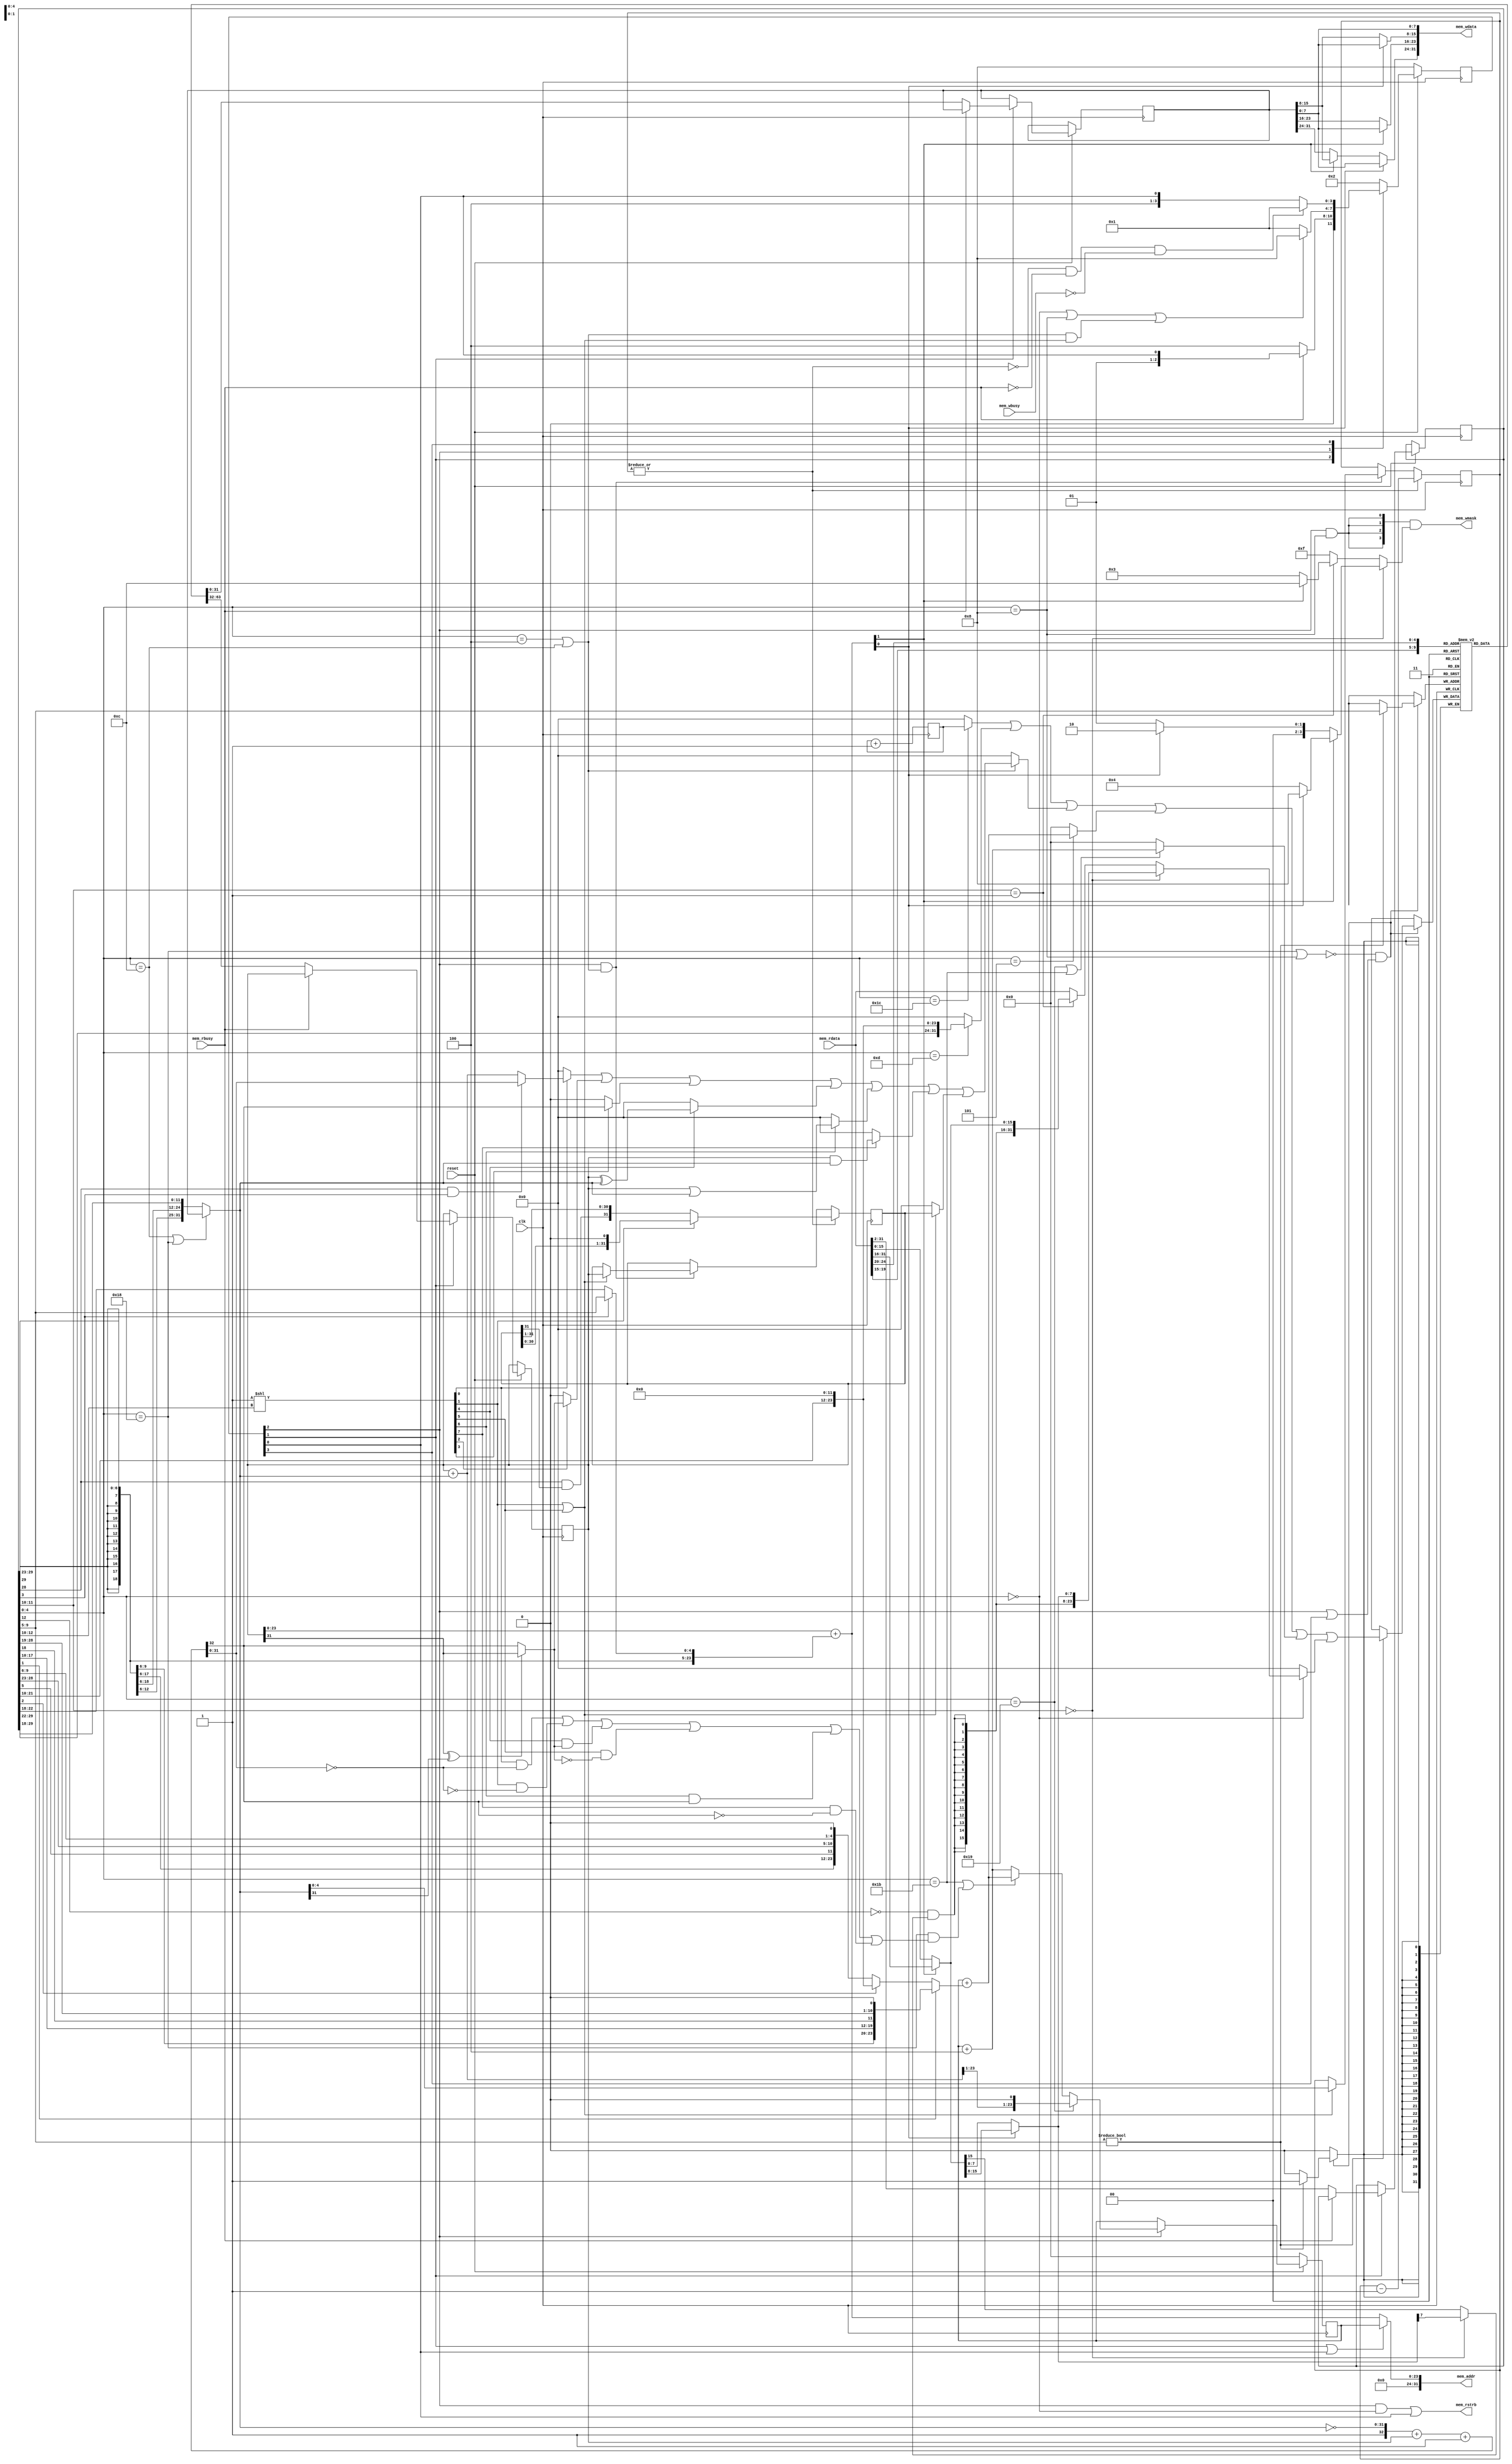
module vf1cffe_v172245 (
 input clk,
 input reset,
 input [31:0] mem_rdata,
 input mem_rbusy,
 input mem_wbusy,
 output [31:0] mem_addr,
 output [31:0] mem_wdata,
 output [3:0] mem_wmask,
 output mem_rstrb
);
    localparam RESET_ADDR = 0;
    parameter ADDR_WIDTH       = 24;
    localparam ADDR_PAD = {(32-ADDR_WIDTH){1'b0}}; // 32-bits padding for addrs
  // Instruction decoding.
  // Extracts rd,rs1,rs2,funct3,imm and opcode from instruction.
  // Reference: Table page 104 of:
  // https://content.riscv.org/wp-content/uploads/2017/05/riscv-spec-v2.2.pdf
  // The destination register
  wire [4:0] rdId = instr[11:7];
  // The ALU function, decoded in 1-hot form (doing so reduces LUT count)
  // It is used as follows: funct3Is[val] <=> funct3 == val
  (* onehot *)
  wire [7:0] funct3Is = 8'b00000001 << instr[14:12];
  // The five immediate formats, see RiscV reference (link above), Fig. 2.4 p. 12
  wire [31:0] Uimm = {    instr[31],   instr[30:12], {12{1'b0}}};
  wire [31:0] Iimm = {{21{instr[31]}}, instr[30:20]};
  /* verilator lint_off UNUSED */ // MSBs of SBJimms are not used by addr adder.
  wire [31:0] Simm = {{21{instr[31]}}, instr[30:25],instr[11:7]};
  wire [31:0] Bimm = {{20{instr[31]}}, instr[7],instr[30:25],instr[11:8],1'b0};
  wire [31:0] Jimm = {{12{instr[31]}}, instr[19:12],instr[20],instr[30:21],1'b0};
  /* verilator lint_on UNUSED */
    // Base RISC-V (RV32I) has only 10 different instructions !
    wire isLoad    =  (instr[6:2] == 5'b00000); // rd <- mem[rs1+Iimm]
    wire isALUimm  =  (instr[6:2] == 5'b00100); // rd <- rs1 OP Iimm
    wire isAUIPC   =  (instr[6:2] == 5'b00101); // rd <- PC + Uimm
    wire isStore   =  (instr[6:2] == 5'b01000); // mem[rs1+Simm] <- rs2
    wire isALUreg  =  (instr[6:2] == 5'b01100); // rd <- rs1 OP rs2
    wire isLUI     =  (instr[6:2] == 5'b01101); // rd <- Uimm
    wire isBranch  =  (instr[6:2] == 5'b11000); // if(rs1 OP rs2) PC<-PC+Bimm
    wire isJALR    =  (instr[6:2] == 5'b11001); // rd <- PC+4; PC<-rs1+Iimm
    wire isJAL     =  (instr[6:2] == 5'b11011); // rd <- PC+4; PC<-PC+Jimm
    wire isSYSTEM  =  (instr[6:2] == 5'b11100); // rd <- cycles
    wire isALU = isALUimm | isALUreg;
    // The register file.
    reg [31:0] rs1;
    reg [31:0] rs2;
    reg [31:0] registerFile [31:0];
    always @(posedge clk) begin
      if (writeBack)
        if (rdId != 0)
          registerFile[rdId] <= writeBackData;
    end
    // The ALU. Does operations and tests combinatorially, except shifts.
    // First ALU source, always rs1
    wire [31:0] aluIn1 = rs1;
    // Second ALU source, depends on opcode:
    //    ALUreg, Branch:     rs2
    //    ALUimm, Load, JALR: Iimm
    wire [31:0] aluIn2 = isALUreg | isBranch ? rs2 : Iimm;
    reg  [31:0] aluReg;       // The internal register of the ALU, used by shift.
    reg  [4:0]  aluShamt;     // Current shift amount.
    wire aluBusy = |aluShamt; // ALU is busy if shift amount is non-zero.
    wire aluWr;               // ALU write strobe, starts shifting.
    // The adder is used by both arithmetic instructions and JALR.
    wire [31:0] aluPlus = aluIn1 + aluIn2;
    // Use a single 33 bits subtract to do subtraction and all comparisons
    // (trick borrowed from swapforth/J1)
    wire [32:0] aluMinus = {1'b1, ~aluIn2} + {1'b0,aluIn1} + 33'b1;
    wire        LT  = (aluIn1[31] ^ aluIn2[31]) ? aluIn1[31] : aluMinus[32];
    wire        LTU = aluMinus[32];
    wire        EQ  = (aluMinus[31:0] == 0);
    // Notes:
    //    (1 for ADD/SUB, 0 for ADDI, and Iimm used by ADDI overlaps bit 30 !)
    wire [31:0] aluOut =
      (funct3Is[0]  ? instr[30] & instr[5] ? aluMinus[31:0] : aluPlus : 32'b0) |
      (funct3Is[2]  ? {31'b0, LT}                                     : 32'b0) |
      (funct3Is[3]  ? {31'b0, LTU}                                    : 32'b0) |
      (funct3Is[4]  ? aluIn1 ^ aluIn2                                 : 32'b0) |
      (funct3Is[6]  ? aluIn1 | aluIn2                                 : 32'b0) |
      (funct3Is[7]  ? aluIn1 & aluIn2                                 : 32'b0) |
      (funct3IsShift ? aluReg                                         : 32'b0) ;
    wire funct3IsShift = funct3Is[1] | funct3Is[5];
    always @(posedge clk) begin
       if(aluWr) begin
          if (funct3IsShift) begin  // SLL, SRA, SRL
 	    aluReg <= aluIn1;
 	    aluShamt <= aluIn2[4:0];
 	 end
       end
       // Compact form of:
       // funct3=001              -> SLL  (aluReg <= aluReg << 1)
       // funct3=101 &  instr[30] -> SRA  (aluReg <= {aluReg[31], aluReg[31:1]})
       // funct3=101 & !instr[30] -> SRL  (aluReg <= {1'b0,       aluReg[31:1]})
       if (|aluShamt) begin
          aluShamt <= aluShamt - 1;
 	 aluReg <= funct3Is[1] ? aluReg << 1 :              // SLL
 		   {instr[30] & aluReg[31], aluReg[31:1]};  // SRA,SRL
       end
    end
    // The predicate for conditional branches.
    wire predicate =
         funct3Is[0] &  EQ  | // BEQ
         funct3Is[1] & !EQ  | // BNE
         funct3Is[4] &  LT  | // BLT
         funct3Is[5] & !LT  | // BGE
         funct3Is[6] &  LTU | // BLTU
         funct3Is[7] & !LTU ; // BGEU
    // Program counter and branch target computation.
    reg  [ADDR_WIDTH-1:0] PC; // The program counter.
    reg  [31:2] instr;        // Latched instruction. Note that bits 0 and 1 are
                              // ignored (not used in RV32I base instr set).
    wire [ADDR_WIDTH-1:0] PCplus4 = PC + 4;
    // An adder used to compute branch address, JAL address and AUIPC.
    // branch->PC+Bimm    AUIPC->PC+Uimm    JAL->PC+Jimm
    // Equivalent to PCplusImm = PC + (isJAL ? Jimm : isAUIPC ? Uimm : Bimm)
    wire [ADDR_WIDTH-1:0] PCplusImm = PC + ( instr[3] ? Jimm[ADDR_WIDTH-1:0] :
 					    instr[4] ? Uimm[ADDR_WIDTH-1:0] :
 					               Bimm[ADDR_WIDTH-1:0] );
    // A separate adder to compute the destination of load/store.
    // testing instr[5] is equivalent to testing isStore in this context.
    wire [ADDR_WIDTH-1:0] loadstore_addr = rs1[ADDR_WIDTH-1:0] +
 		   (instr[5] ? Simm[ADDR_WIDTH-1:0] : Iimm[ADDR_WIDTH-1:0]);
    assign mem_addr = {ADDR_PAD,
 		       state[WAIT_INSTR_bit] | state[FETCH_INSTR_bit] ?
 		       PC : loadstore_addr
 		     };
    // The value written back to the register file.
    wire [31:0] writeBackData  =
       /* verilator lint_off WIDTH */
       (isSYSTEM            ? cycles               : 32'b0) |  // SYSTEM
       /* verilator lint_on WIDTH */
       (isLUI               ? Uimm                 : 32'b0) |  // LUI
       (isALU               ? aluOut               : 32'b0) |  // ALUreg, ALUimm
       (isAUIPC             ? {ADDR_PAD,PCplusImm} : 32'b0) |  // AUIPC
       (isJALR   | isJAL    ? {ADDR_PAD,PCplus4  } : 32'b0) |  // JAL, JALR
       (isLoad              ? LOAD_data            : 32'b0);   // Load
    // LOAD/STORE
    // All memory accesses are aligned on 32 bits boundary. For this
    // reason, we need some circuitry that does unaligned halfword
    // and byte load/store, based on:
    wire mem_byteAccess     = instr[13:12] == 2'b00; // funct3[1:0] == 2'b00;
    wire mem_halfwordAccess = instr[13:12] == 2'b01; // funct3[1:0] == 2'b01;
    // LOAD, in addition to funct3[1:0], LOAD depends on:
    wire LOAD_sign =
 	!instr[14] & (mem_byteAccess ? LOAD_byte[7] : LOAD_halfword[15]);
    wire [31:0] LOAD_data =
          mem_byteAccess ? {{24{LOAD_sign}},     LOAD_byte} :
      mem_halfwordAccess ? {{16{LOAD_sign}}, LOAD_halfword} :
                           mem_rdata ;
    wire [15:0] LOAD_halfword =
 	       loadstore_addr[1] ? mem_rdata[31:16] : mem_rdata[15:0];
    wire  [7:0] LOAD_byte =
 	       loadstore_addr[0] ? LOAD_halfword[15:8] : LOAD_halfword[7:0];
    // STORE
    assign mem_wdata[ 7: 0] = rs2[7:0];
    assign mem_wdata[15: 8] = loadstore_addr[0] ? rs2[7:0]  : rs2[15: 8];
    assign mem_wdata[23:16] = loadstore_addr[1] ? rs2[7:0]  : rs2[23:16];
    assign mem_wdata[31:24] = loadstore_addr[0] ? rs2[7:0]  :
 			     loadstore_addr[1] ? rs2[15:8] : rs2[31:24];
    // The memory write mask:
    //    1111                     if writing a word
    //    0011 or 1100             if writing a halfword
    //                                (depending on loadstore_addr[1])
    //    0001, 0010, 0100 or 1000 if writing a byte
    //                                (depending on loadstore_addr[1:0])
    wire [3:0] STORE_wmask =
 	      mem_byteAccess      ?
 	            (loadstore_addr[1] ?
 		          (loadstore_addr[0] ? 4'b1000 : 4'b0100) :
 		          (loadstore_addr[0] ? 4'b0010 : 4'b0001)
                     ) :
 	      mem_halfwordAccess ?
 	            (loadstore_addr[1] ? 4'b1100 : 4'b0011) :
               4'b1111;
    // And, last but not least, the state machine.
    localparam FETCH_INSTR_bit     = 0;
    localparam WAIT_INSTR_bit      = 1;
    localparam EXECUTE_bit         = 2;
    localparam WAIT_ALU_OR_MEM_bit = 3;
    localparam NB_STATES           = 4;
    localparam FETCH_INSTR     = 1 << FETCH_INSTR_bit;
    localparam WAIT_INSTR      = 1 << WAIT_INSTR_bit;
    localparam EXECUTE         = 1 << EXECUTE_bit;
    localparam WAIT_ALU_OR_MEM = 1 << WAIT_ALU_OR_MEM_bit;
    (* onehot *)
    reg [NB_STATES-1:0] state;
    // The signals (internal and external) that are determined
    // combinatorially from state and other signals.
    // register write-back enable.
    wire writeBack = ~(isBranch | isStore ) &
 	            (state[EXECUTE_bit] | state[WAIT_ALU_OR_MEM_bit]);
    // The memory-read signal.
    assign mem_rstrb = state[EXECUTE_bit] & isLoad | state[FETCH_INSTR_bit];
    // The mask for memory-write.
    assign mem_wmask = {4{state[EXECUTE_bit] & isStore}} & STORE_wmask;
    // aluWr starts computation (shifts) in the ALU.
    assign aluWr = state[EXECUTE_bit] & isALU;
    wire jumpToPCplusImm = isJAL | (isBranch & predicate);
 `ifdef NRV_IS_IO_ADDR
    wire needToWait = isLoad |
 		     isStore  & `NRV_IS_IO_ADDR(mem_addr) |
 		     isALU & funct3IsShift;
 `else
    wire needToWait = isLoad | isStore | isALU & funct3IsShift;
 `endif
    always @(posedge clk) begin
       if(!reset) begin
          state      <= WAIT_ALU_OR_MEM; // Just waiting for !mem_wbusy
          PC         <= RESET_ADDR[ADDR_WIDTH-1:0];
       end else
       // See note [1] at the end of this file.
       (* parallel_case *)
       case(1'b1)
         state[WAIT_INSTR_bit]: begin
            if(!mem_rbusy) begin // may be high when executing from SPI flash
               rs1 <= registerFile[mem_rdata[19:15]];
               rs2 <= registerFile[mem_rdata[24:20]];
               instr <= mem_rdata[31:2]; // Bits 0 and 1 are ignored (see
               state <= EXECUTE;         // also the declaration of instr).
            end
         end
         state[EXECUTE_bit]: begin
            PC <= isJALR          ? {aluPlus[ADDR_WIDTH-1:1],1'b0} :
                  jumpToPCplusImm ? PCplusImm :
                  PCplus4;
 	   state <= needToWait ? WAIT_ALU_OR_MEM : FETCH_INSTR;
         end
         state[WAIT_ALU_OR_MEM_bit]: begin
            if(!aluBusy & !mem_rbusy & !mem_wbusy) state <= FETCH_INSTR;
         end
         default: begin // FETCH_INSTR
           state <= WAIT_INSTR;
         end
       endcase
    end
    // Cycle counter
 `ifdef NRV_COUNTER_WIDTH
    reg [`NRV_COUNTER_WIDTH-1:0]  cycles;
 `else
    reg [31:0]  cycles;
 `endif
    always @(posedge clk) cycles <= cycles + 1;
 `ifdef BENCH
    initial begin
       cycles = 0;
       aluShamt = 0;
       registerFile[0] = 0;
    end
 `endif
 // Notes:
 // [1] About the "reverse case" statement, also used in Claire Wolf's picorv32:
 // It is just a cleaner way of writing a series of cascaded if() statements,
 // To understand it, think about the case statement *in general* as follows:
 // case (expr)
 //       val_1: statement_1
 //       val_2: statement_2
 //   ... val_n: statement_n
 // endcase
 // The first statement_i such that expr == val_i is executed.
 // Now if expr is 1'b1:
 // case (1'b1)
 //       cond_1: statement_1
 //       cond_2: statement_2
 //   ... cond_n: statement_n
 // endcase
 // It is *exactly the same thing*, the first statement_i such that
 // expr == cond_i is executed (that is, such that 1'b1 == cond_i,
 // in other words, such that cond_i is true)
 // More on this:
 //     https://stackoverflow.com/questions/15418636/case-statement-in-verilog
 // [2] state uses 1-hot encoding (at any time, state has only one bit set to 1).
 // It uses a larger number of bits (one bit per state), but often results in
 // a both more compact (fewer LUTs) and faster state machine.
endmodule